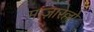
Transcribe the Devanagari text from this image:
माज़ारेल्लो